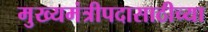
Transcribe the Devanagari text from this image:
मुख्यमंत्रीपदासाठीच्या